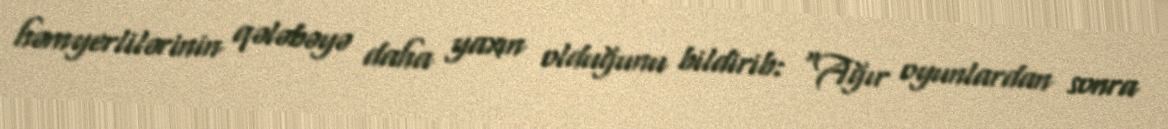
həmyerlilərinin qələbəyə daha yaxın olduğunu bildirib: "Ağır oyunlardan sonra